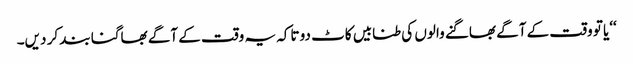
‘‘یا تو وقت کے آگے بھاگنے والوں کی طنابیں کاٹ دو تاکہ یہ وقت کے آگے بھاگنا بند کر دیں۔